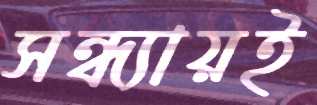
সন্ধ্যায়ই